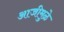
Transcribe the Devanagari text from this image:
आजीमुळे